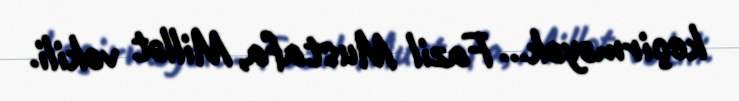
keçirməyək... Fazil Mustafa, Millət vəkili.